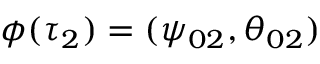
\phi ( \tau _ { 2 } ) = ( \psi _ { 0 2 } , \theta _ { 0 2 } )